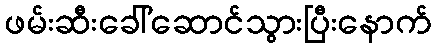
ဖမ်းဆီးခေါ်ဆောင်သွားပြီးနောက်